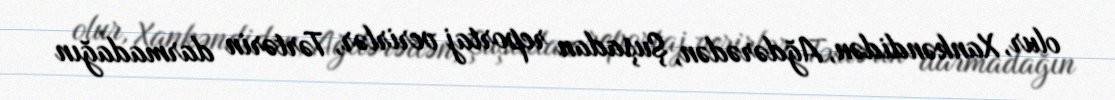
olur, Xankəndidən, Ağdərədən, Şuşadan reportaj verirlər, Tərtərin darmadağın